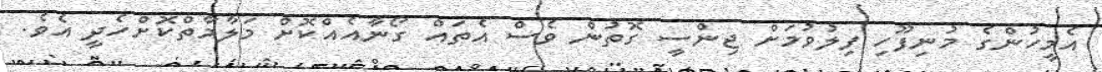
އެމީހުންގެ މުނިފޫހި ފިލުވުމަށް ޖިންސީ ގޮތުން ވެސް އެތައް ގޯނާއެއްކޮށް މަލާމާތްކޮށްހެދީ އެވެ.